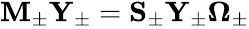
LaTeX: \begin{array}{r}{\mathbf{M}_{\pm}\mathbf{Y}_{\pm}=\mathbf{S}_{\pm}\mathbf{Y}_{\pm}\boldsymbol{\Omega}_{\pm}}\end{array}